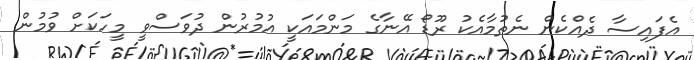
އެފައިސާ ދެއްކެން ނެތުމާއެކު ރޫޑޯ އޭނާގެ މަންމައަކީ އުމުރުން ދުވަސްވީ މީހަކަށް ވުމުން